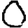
Digit: 0